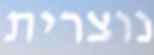
נוצרית